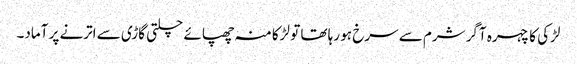
لڑکی کا چہرہ آگر شرم سے سرخ ہو رہا تھا تو لڑکا منہ چھپائے چلتی گاڑی سے اترنے پر آماد۔